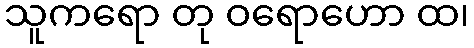
သူကရော တု ဝရောဟော ထ၊